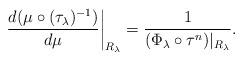
LaTeX: \begin{align*} \left.\frac{d(\mu \circ (\tau_\lambda)^{-1})}{d\mu}\right|_{R_\lambda} = \frac1{(\Phi_\lambda \circ \tau^{n})|_{R_\lambda}}. \end{align*}